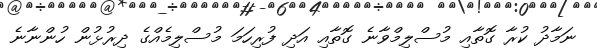
ނަމާދު ކުރާ ގޮތާއި މުސްލިމްވާނެ ގޮތާއި އަދި ފުރިހަމަ މުސްލިމެއްގެ ދިރުޅުން ހުންނާނެ